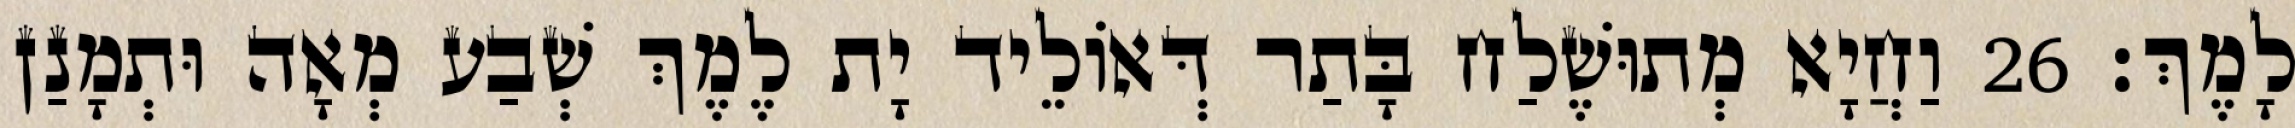
לָמֶךְ׃ 26 וַחֲיָא מְתוּשֶׁלַח בָּתַר דְּאוֹלֵיד יָת לֶמֶךְ שְׁבַע מְאָה וּתְמָנַן